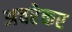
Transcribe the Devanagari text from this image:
अचरेकर